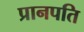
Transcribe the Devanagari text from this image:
प्रानपति